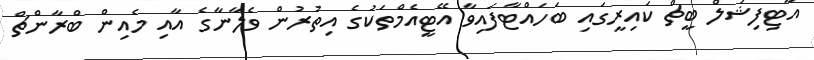
އާޓިފިޝަލް ބީޗް ކައިރީގައި ބަހައްޓާފައިވާ އޭޓީއެމްތަކުގެ އިތުރުން ވެލާނާގެ އާއި މެއިން ބްރާންޗް